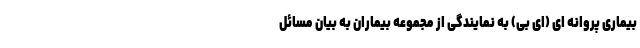
بیماری پروانه ای (ای بی) به نمایندگی از مجموعه بیماران به بیان مسائل